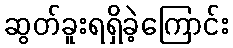
ဆွတ်ခူးရရှိခဲ့ကြောင်း